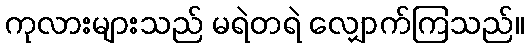
ကုလားများသည် မရဲတရဲ လျှောက်ကြသည်။